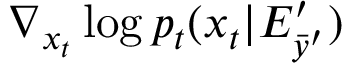
\nabla _ { x _ { t } } \log { p _ { t } ( x _ { t } | E _ { \bar { y } ^ { \prime } } ^ { \prime } ) }